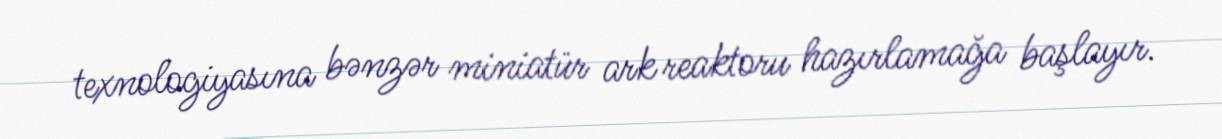
texnologiyasına bənzər miniatür ark reaktoru hazırlamağa başlayır.